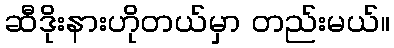
ဆီဒိုးနားဟိုတယ်မှာ တည်းမယ်။